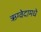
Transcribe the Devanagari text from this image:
ऋग्वेदामधे